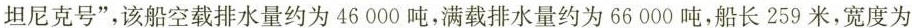
坦尼克号”，该船空载排水量约为46000吨，满载排水量约为66000吨，船长259米，宽度为